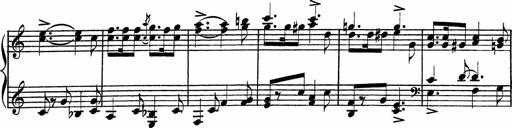
Title: Piano Sonatinas
Composer: Charles Fradel